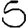
Digit: 5